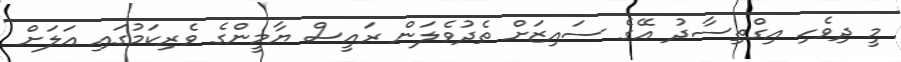
މީ ދިވެހި އިގްތިސާދު އޭގެ ސައިޒަށް ތެދުވެލަން ރައީސް ޔާމީންގެ ވެރިކަމުގައި އަލަށް